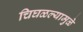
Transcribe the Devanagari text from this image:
चिघळल्यामुळे